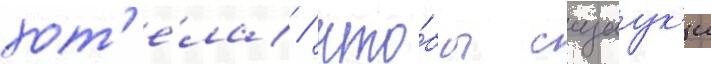
хот'е́ла / что́бы сацук'и